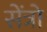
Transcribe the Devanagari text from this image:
सेंत्रो